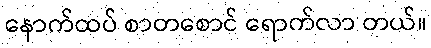
နောက်ထပ် စာတစောင် ရောက်လာ တယ်။